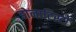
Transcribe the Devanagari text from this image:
डोनाटिस्टों